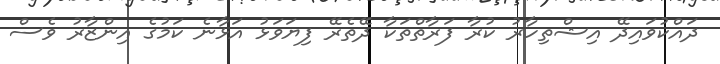
ދައްކުވައިދޭ އިޝްތިހާރު ކުރާ ފަރާތްތަކާ ދޭތެރޭ ފިޔަވަޅު އަޅާނެ ކަމުގެ އިންޒާރު ވެސް